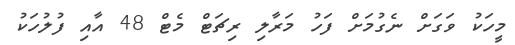
މީހަކު ވަގަށް ނެގުމަށް ފަހު މަރާލި ރިޗަޓް މެޓް 48 އާއި ފުލުހަކު